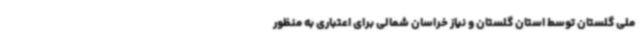
ملی گلستان توسط استان گلستان و نیاز خراسان شمالی برای اعتباری به منظور